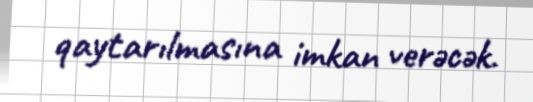
qaytarılmasına imkan verəcək.